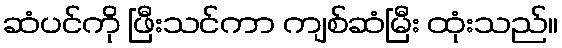
ဆံပင်ကို ဖြီးသင်ကာ ကျစ်ဆံမြီး ထုံးသည်။